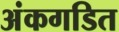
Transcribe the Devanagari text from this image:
अंकगडित